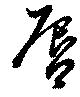
唇